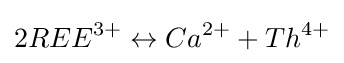
2REE^{3+}\leftrightarrow Ca^{2+}+Th^{4+}